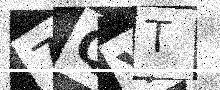
Text: 7QYT